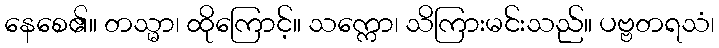
နေစေ၏။ တသ္မာ၊ ထိုကြောင့်။ သက္ကော၊ သိကြားမင်းသည်။ ပဗ္ဗတရသံ၊